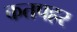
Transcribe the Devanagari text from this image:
कतपहर